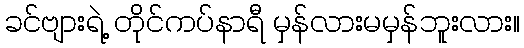
ခင်ဗျားရဲ့ တိုင်ကပ်နာရီ မှန်လားမမှန်ဘူးလား။